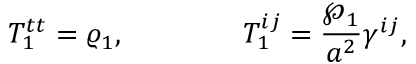
{ \cal T } _ { 1 } ^ { t t } = \varrho _ { 1 } , \ \ \ \ \ \ \ \ \ \ \ \ { \cal T } _ { 1 } ^ { i j } = { \frac { \wp _ { 1 } } { a ^ { 2 } } } \gamma ^ { i j } ,